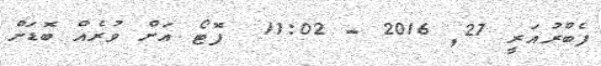
ފެބްރުއަރީ 27